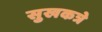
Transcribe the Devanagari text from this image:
सुखकत्रे